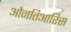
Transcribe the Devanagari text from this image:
औनतिआरिस